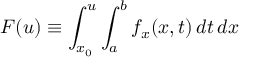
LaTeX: F ( u ) \equiv \int _ { x _ { 0 } } ^ { u } \int _ { a } ^ { b } f _ { x } ( x , t ) \, d t \, d x